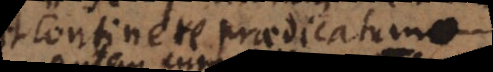
continere praedicatum: